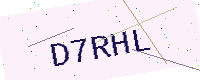
Text: D7RHL